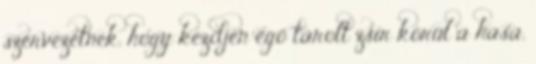
szervezetnek, hogy kezdjen égő tárolt zsír körül a hasa,